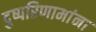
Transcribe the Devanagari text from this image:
दुष्परिणामांना